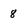
Character: 8